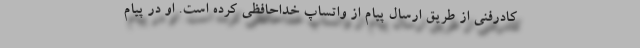
کادرفنی از طریق ارسال پیام از واتساپ خداحافظی کرده است. او در پیام